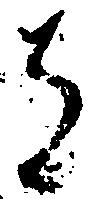
者